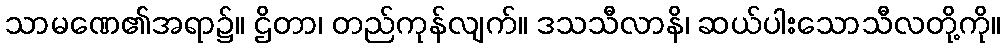
သာမဏေ၏အရာ၌။ ဌိတာ၊ တည်ကုန်လျက်။ ဒသသီလာနိ၊ ဆယ်ပါးသောသီလတို့ကို။